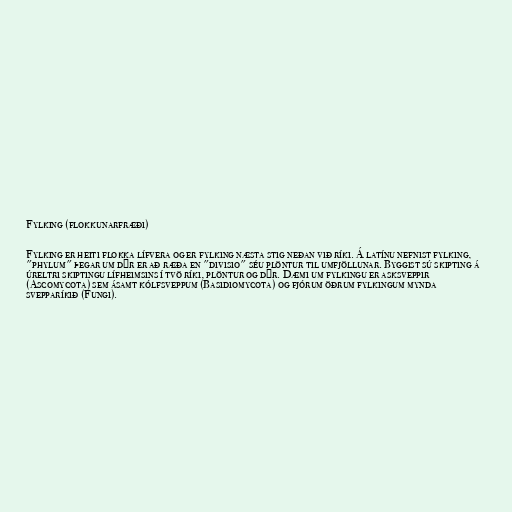
Fylking (flokkunarfræði)

Fylking er heiti flokka lífvera og er fylking næsta stig neðan við ríki. Á latínu nefnist fylking,
"phylum" þegar um dýr er að ræða en "divisio" séu plöntur til umfjöllunar. Byggist sú skipting á
úreltri skiptingu lífheimsins í tvö ríki, plöntur og dýr. Dæmi um fylkingu er asksveppir
(Ascomycota) sem ásamt kólfsveppum (Basidiomycota) og fjórum öðrum fylkingum mynda
svepparíkið (Fungi).